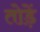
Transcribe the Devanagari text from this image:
तोड़ें